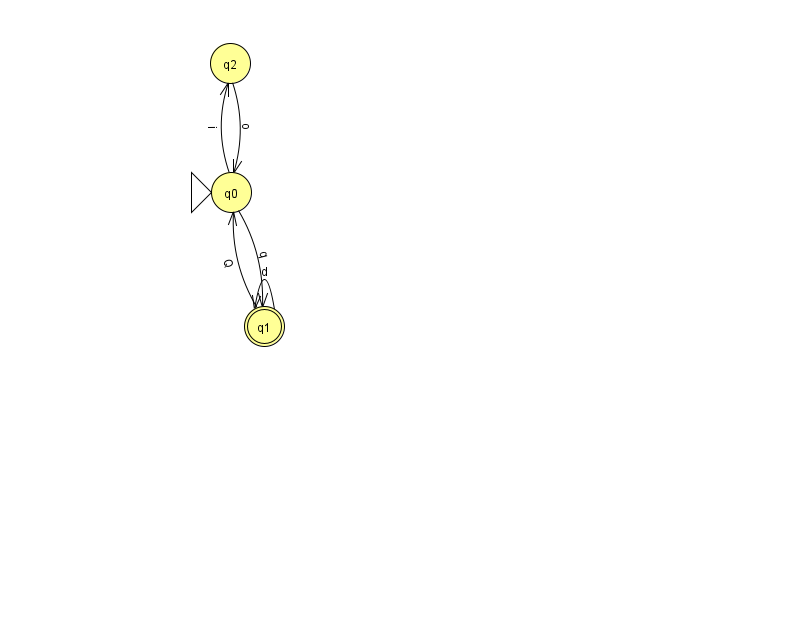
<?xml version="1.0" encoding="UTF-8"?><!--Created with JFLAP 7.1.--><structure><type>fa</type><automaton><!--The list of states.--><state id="0" name="q0"><x>231.0</x><y>179.0</y><initial/></state><state id="1" name="q1"><x>264.0</x><y>313.0</y><final/></state><state id="2" name="q2"><x>230.0</x><y>50.0</y></state><!--The list of transitions.--><transition><from>1</from><to>1</to><read>d</read></transition><transition><from>2</from><to>0</to><read>o</read></transition><transition><from>0</from><to>1</to><read>q</read></transition><transition><from>1</from><to>0</to><read>Q</read></transition><transition><from>0</from><to>2</to><read>i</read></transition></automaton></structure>